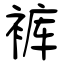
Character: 裤